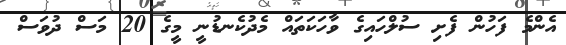
އެންމެ ފަހުން ފެށި ސުލްހައިގެ ވާހަކަތައް މެދުކެނޑުނީ މީގެ 20 މަސް ދުވަސް